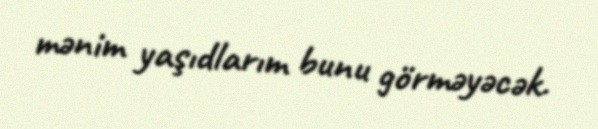
mənim yaşıdlarım bunu görməyəcək.